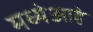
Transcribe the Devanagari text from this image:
मध्येआहे